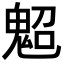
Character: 𩲤